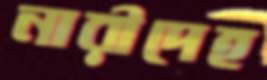
নারীদেহ